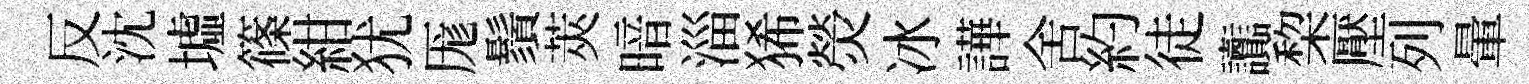
反沈墟篠紺犹厖鬚莢暗淄狶熒冰譁舍約徒讟棃壓列暈